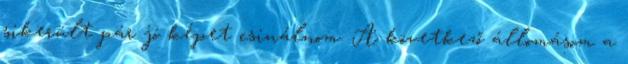
sikerült pár jó képet csinálnom. A következő állomásom a